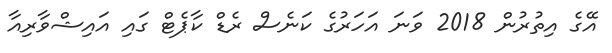
އޭގެ އިތުރުން 2018 ވަނަ އަހަރުގެ ކަނެސް ރެޑް ކާޕެޓް ގައި އައިޝްވާރިއާ